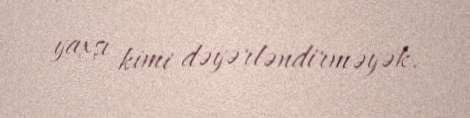
yaxşı kimi dəyərləndirməyək.